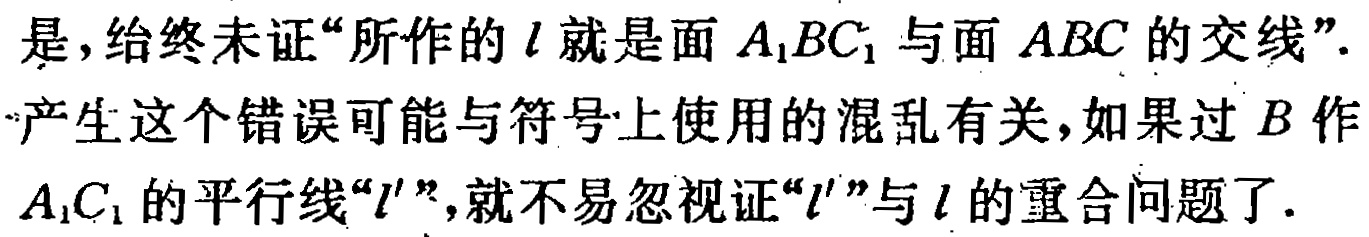
是，给终未证“所作的\(l\)就是面 \(A_{1}BC_{1}\) 与面 \(ABC\) 的交线”.

产生这个错误可能与符号上使用的混乱有关，如果过 \(B\) 作

\(A_{1}C_{1}\) 的平行线“\(l'\)”，就不易忽视证“\(l'\)”与 \(l\) 的重合问题了.